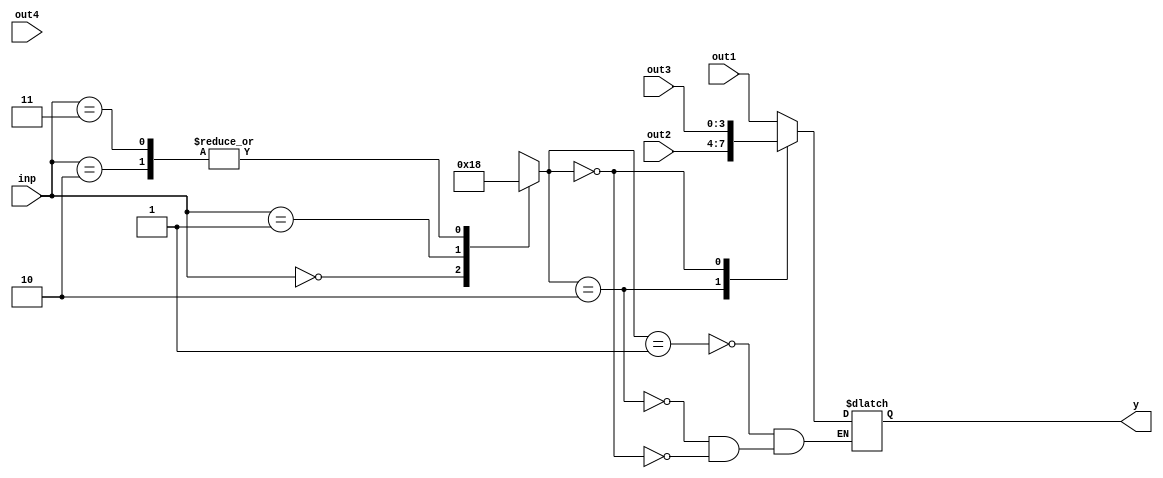
module demux_2_to_4 (
    input [1:0] inp,
    input [3:0] out1,
    input [3:0] out2,
    input [3:0] out3,
    input [3:0] out4,
    output reg [3:0] y
);

reg [1:0] dec_out;

// Decoder
always @(inp)
begin
    case (inp)
        2'b00: dec_out <= 2'b0001; // Select out1
        2'b01: dec_out <= 2'b0010; // Select out2
        2'b10: dec_out <= 2'b0100; // Select out3
        2'b11: dec_out <= 2'b1000; // Select out4
    endcase
end

// MUX
always @(dec_out)
begin
    case (dec_out)
        2'b0001: y = out1;
        2'b0010: y = out2;
        2'b0100: y = out3;
        2'b1000: y = out4;
    endcase
end

endmodule